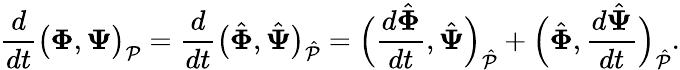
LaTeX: \frac{d}{dt}\big(\boldsymbol{\Phi},\boldsymbol{\Psi}\big)_{\mathcal{P}}=\frac{d}{dt}\big(\hat{\boldsymbol{\Phi}},\hat{\boldsymbol{\Psi}}\big)_{\hat{\mathcal{P}}}=\Big(\frac{d\hat{\boldsymbol{\Phi}}}{dt},\hat{\boldsymbol{\Psi}}\Big)_{\hat{\mathcal{P}}}+\Big(\hat{\boldsymbol{\Phi}},\frac{d\hat{\boldsymbol{\Psi}}}{dt}\Big)_{\hat{\mathcal{P}}}.